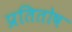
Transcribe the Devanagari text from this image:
प्रतितोष